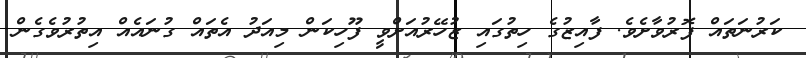
ކަރުނަތައް ފޮރުވާށެވެ. ފާއިޒުގެ ހިތުގައި ޒުހޭރުއަށްވީ ފޫހިކަން މިއަދު އެތައް ގުނައެއް އިތުރުވެގެން